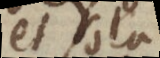
et sola